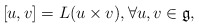
\begin{align*} [u,v] = L(u\times v),\forall u,v\in \mathfrak{g},\end{align*}